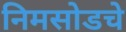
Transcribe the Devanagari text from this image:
निमसोडचे